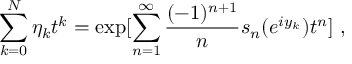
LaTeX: \sum _ { k = 0 } ^ { N } \eta _ { k } t ^ { k } = \exp [ \sum _ { n = 1 } ^ { \infty } \frac { ( - 1 ) ^ { n + 1 } } { n } s _ { n } ( e ^ { i y _ { k } } ) t ^ { n } ] \ ,